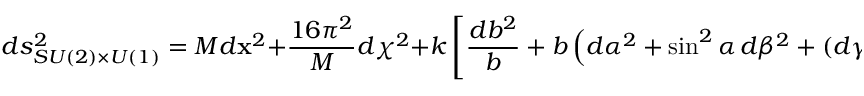
d s _ { S U ( 2 ) \times U ( 1 ) } ^ { 2 } = M d { \bf x } ^ { 2 } + { \frac { 1 6 \pi ^ { 2 } } { M } } d \chi ^ { 2 } + k \left[ { \frac { d b ^ { 2 } } { b } } + b \left( d \alpha ^ { 2 } + \sin ^ { 2 } \alpha \, d \beta ^ { 2 } + ( d \gamma + \cos \alpha \, d \beta ) ^ { 2 } \right) \right]